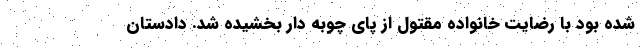
شده بود با رضایت خانواده مقتول از پای چوبه دار بخشیده شد. دادستان